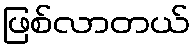
ဖြစ်လာတယ်